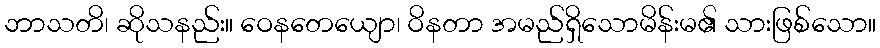
ဘာသတိ၊ ဆိုသနည်း။ ဝေနတေယျော၊ ဝိနတာ အမည်ရှိသောမိန်းမ၏ သားဖြစ်သော။